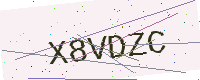
Text: X8VDZC